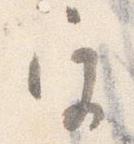
宮